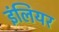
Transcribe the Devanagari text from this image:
इंलियर